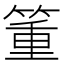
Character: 箽